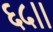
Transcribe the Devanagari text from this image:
६५।।